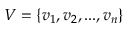
V = \{ v _ { 1 } , v _ { 2 } , . . . , v _ { n } \}